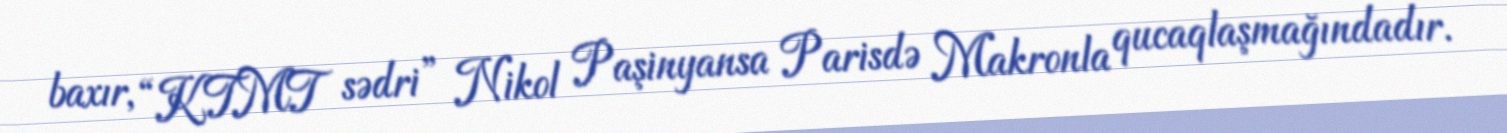
baxır, “KTMT sədri” Nikol Paşinyansa Parisdə Makronla qucaqlaşmağındadır.